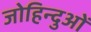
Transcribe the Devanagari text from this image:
जोहिन्दुओं